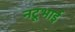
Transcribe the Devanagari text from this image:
नटूभाई